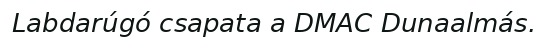
Labdarúgó csapata a DMAC Dunaalmás.